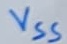
Text: Slave